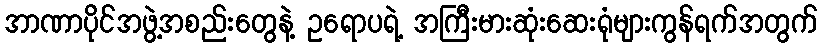
အာဏာပိုင်အဖွဲ့အစည်းတွေနဲ့ ဥရောပရဲ့ အကြီးမားဆုံးဆေးရုံများကွန်ရက်အတွက်